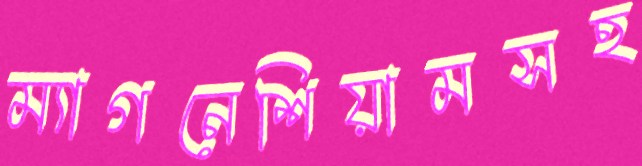
ম্যাগনেশিয়ামসহ